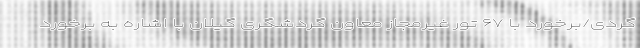
‌گردی/برخورد با ۶۷ تور غیرمجاز معاون گردشگری گیلان با اشاره به برخورد